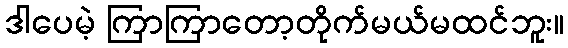
ဒါပေမဲ့ ကြာကြာတော့တိုက်မယ်မထင်ဘူး။